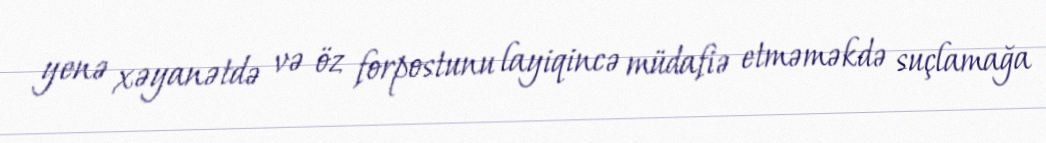
yenə xəyanətdə və öz forpostunu layiqincə müdafiə etməməkdə suçlamağa